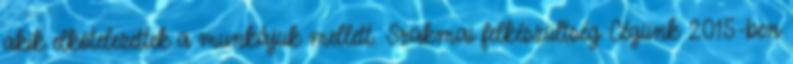
akik elkötelezettek a munkájuk mellett. Szakmai felkészültség Cégünk 2015-ben